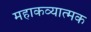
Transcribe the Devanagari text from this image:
महाकव्यात्मक